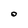
Character: O